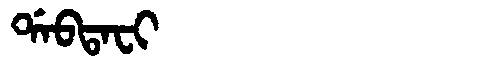
Manchu: ᡩᠠᠪᡨᠠᠸᡳ
Romanization: DABTAFI